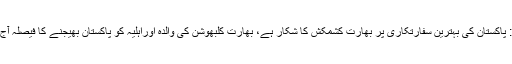
اسلام آباد : پاکستان کی بہترین سفارتکاری پر بھارت کشمکش کا شکار ہے، بھارت کلبھوشن کی والدہ اوراہلیہ کو پاکستان بھیجنے کا فیصلہ آج کرے گا۔